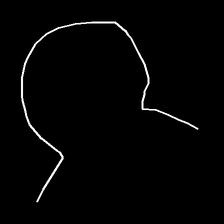
Glyph: weave